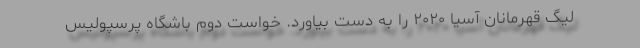
لیگ قهرمانان آسیا ۲۰۲۰ را به دست بیاورد. خواست دوم باشگاه پرسپولیس